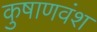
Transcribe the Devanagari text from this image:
कुषाणवंश